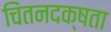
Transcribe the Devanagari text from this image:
चिंतनदक्षता